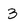
Character: 3